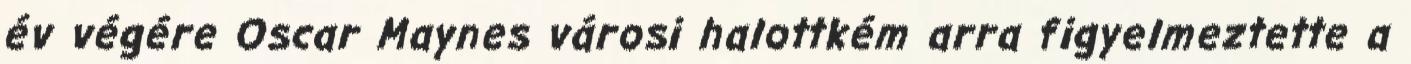
év végére Oscar Maynes városi halottkém arra figyelmeztette a